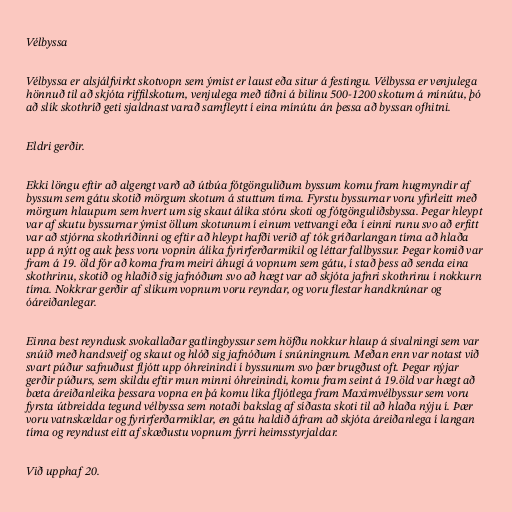
Vélbyssa

Vélbyssa er alsjálfvirkt skotvopn sem ýmist er laust eða situr á festingu. Vélbyssa er venjulega
hönnuð til að skjóta riffilskotum, venjulega með tíðni á bilinu 500-1200 skotum á mínútu, þó
að slík skothríð geti sjaldnast varað samfleytt í eina mínútu án þessa að byssan ofhitni.

Eldri gerðir.

Ekki löngu eftir að algengt varð að útbúa fótgönguliðum byssum komu fram hugmyndir af
byssum sem gátu skotið mörgum skotum á stuttum tíma. Fyrstu byssurnar voru yfirleitt með
mörgum hlaupum sem hvert um sig skaut álíka stóru skoti og fótgönguliðsbyssa. Þegar hleypt
var af skutu byssurnar ýmist öllum skotunum í einum vettvangi eða í einni runu svo að erfitt
var að stjórna skothríðinni og eftir að hleypt hafði verið af tók gríðarlangan tíma að hlaða
upp á nýtt og auk þess voru vopnin álíka fyrirferðarmikil og léttar fallbyssur. Þegar komið var
fram á 19. öld fór að koma fram meiri áhugi á vopnum sem gátu, í stað þess að senda eina
skothrinu, skotið og hlaðið sig jafnóðum svo að hægt var að skjóta jafnri skothrinu í nokkurn
tíma. Nokkrar gerðir af slíkum vopnum voru reyndar, og voru flestar handknúnar og
óáreiðanlegar.

Einna best reyndusk svokallaðar gatlingbyssur sem höfðu nokkur hlaup á sívalningi sem var
snúið með handsveif og skaut og hlóð sig jafnóðum í snúningnum. Meðan enn var notast við
svart púður safnuðust fljótt upp óhreinindi í byssunum svo þær brugðust oft. Þegar nýjar
gerðir púðurs, sem skildu eftir mun minni óhreinindi, komu fram seint á 19.öld var hægt að
bæta áreiðanleika þessara vopna en þá komu líka fljótlega fram Maximvélbyssur sem voru
fyrsta útbreidda tegund vélbyssa sem notaði bakslag af síðasta skoti til að hlaða nýju í. Þær
voru vatnskældar og fyrirferðarmiklar, en gátu haldið áfram að skjóta áreiðanlega í langan
tíma og reyndust eitt af skæðustu vopnum fyrri heimsstyrjaldar.

Við upphaf 20.